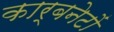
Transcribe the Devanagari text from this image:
कार्बनेटों